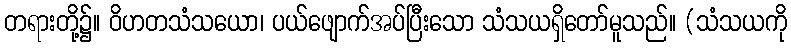
တရားတို့၌။ ဝိဟတသံသယော၊ ပယ်ဖျောက်အပ်ပြီးသော သံသယရှိတော်မူသည်။ (သံသယကို